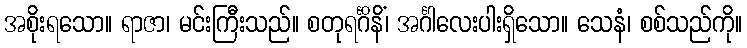
အစိုးရသော။ ရာဇာ၊ မင်းကြီးသည်။ စတုရင်္ဂိနိံ၊ အင်္ဂါလေးပါးရှိသော။ သေနံ၊ စစ်သည်ကို။